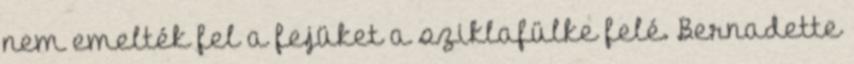
nem emelték fel a fejüket a sziklafülke felé. Bernadette